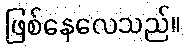
ဖြစ်နေလေသည်။